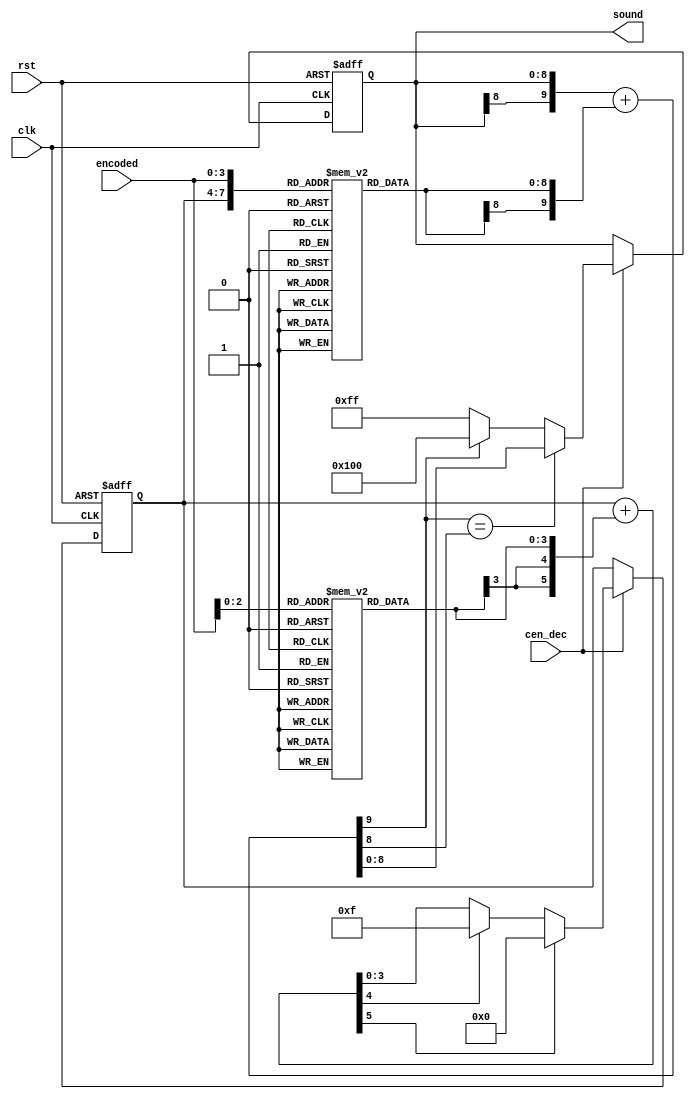
/*  This file is part of JT7759.
    JT7759 program is free software: you can redistribute it and/or modify
    it under the terms of the GNU General Public Licen4se as published by
    the Free Software Foundation, either version 3 of the Licen4se, or
    (at your option) any later version.

    JT7759 program is distributed in the hope that it will be useful,
    but WITHOUT ANY WARRANTY; without even the implied warranty of
    MERCHANTABILITY or FITNESS FOR A PARTICULAR PURPOSE.  See the
    GNU General Public Licen4se for more details.

    You should have received a copy of the GNU General Public Licen4se
    along with JT7759.  If not, see <http://www.gnu.org/licen4ses/>.

    Author: Jose Tejada Gomez. Twitter: @topapate
    Version: 1.0
    Date: 5-7-2020 */

module jt7759_adpcm #(parameter SW=9) (
    input                      rst,
    input                      clk,
    input                      cen_dec,
    input             [   3:0] encoded,
    output reg signed [SW-1:0] sound
);

// The look-up table could have been compressed. One obvious way is to realize that one
// half of it is just the negative version of the other.
// However, because it will be synthesized as a 1 kilo word memory of 9-bit words, i.e. 1BRAM
// this is the best choice.
// This is generated by the file doc/lut.c

reg  signed [8:0] lut[0:255];
reg  signed [3:0] st_lut[0:7];
reg         [3:0] st;
reg         [3:0] st_delta;
reg  signed [5:0] st_next, st_sum;
reg  signed [SW:0] next_snd, lut_step;

function [SW:0] sign_ext;
    input signed [8:0] din;
    sign_ext = { {SW-8{din[8]}}, din };
endfunction

always @(*) begin
    st_delta = st_lut[ encoded[2:0] ];
    st_sum   = {2'b0, st } + {{2{st_delta[3]}}, st_delta };
    if( st_sum[5] )
        st_next = 6'd0;
    else if( st_sum[4] )
        st_next = 6'd15;
    else
        st_next = st_sum;
    lut_step = sign_ext( lut[{st,encoded}] );
    next_snd = { sound[SW-1], sound } + lut_step;
end

always @(posedge clk, posedge rst ) begin
    if( rst ) begin
        sound <= {SW{1'd0}};
        st    <= 4'd0;
    end else if(cen_dec) begin
        if( next_snd[SW]==next_snd[SW-1] )
            sound <= next_snd[SW-1:0];
        else sound <= next_snd[SW] ? {1'b1,{SW-1{1'b0}}} : {1'b0,{SW-1{1'b1}}};
        st    <= st_next[3:0];
    end
end

initial begin
    st_lut[0]=-4'd1; st_lut[1]=-4'd1; st_lut[2]=4'd0; st_lut[3]=4'd0;
    st_lut[4]=4'd1;  st_lut[5]=4'd2;  st_lut[6]=4'd2; st_lut[7]=4'd3;
end


initial begin
    lut[8'h00]=9'd0000; lut[8'h01]=9'd0000; lut[8'h02]=9'd0001; lut[8'h03]=9'd0002; 
    lut[8'h04]=9'd0003; lut[8'h05]=9'd0005; lut[8'h06]=9'd0007; lut[8'h07]=9'd0010; 
    lut[8'h08]=9'd0000; lut[8'h09]=9'd0000; lut[8'h0A]=-9'd001; lut[8'h0B]=-9'd002; 
    lut[8'h0C]=-9'd003; lut[8'h0D]=-9'd005; lut[8'h0E]=-9'd007; lut[8'h0F]=-9'd010; 
    lut[8'h10]=9'd0000; lut[8'h11]=9'd0001; lut[8'h12]=9'd0002; lut[8'h13]=9'd0003; 
    lut[8'h14]=9'd0004; lut[8'h15]=9'd0006; lut[8'h16]=9'd0008; lut[8'h17]=9'd0013; 
    lut[8'h18]=9'd0000; lut[8'h19]=-9'd001; lut[8'h1A]=-9'd002; lut[8'h1B]=-9'd003; 
    lut[8'h1C]=-9'd004; lut[8'h1D]=-9'd006; lut[8'h1E]=-9'd008; lut[8'h1F]=-9'd013; 
    lut[8'h20]=9'd0000; lut[8'h21]=9'd0001; lut[8'h22]=9'd0002; lut[8'h23]=9'd0004; 
    lut[8'h24]=9'd0005; lut[8'h25]=9'd0007; lut[8'h26]=9'd0010; lut[8'h27]=9'd0015; 
    lut[8'h28]=9'd0000; lut[8'h29]=-9'd001; lut[8'h2A]=-9'd002; lut[8'h2B]=-9'd004; 
    lut[8'h2C]=-9'd005; lut[8'h2D]=-9'd007; lut[8'h2E]=-9'd010; lut[8'h2F]=-9'd015; 
    lut[8'h30]=9'd0000; lut[8'h31]=9'd0001; lut[8'h32]=9'd0003; lut[8'h33]=9'd0004; 
    lut[8'h34]=9'd0006; lut[8'h35]=9'd0009; lut[8'h36]=9'd0013; lut[8'h37]=9'd0019; 
    lut[8'h38]=9'd0000; lut[8'h39]=-9'd001; lut[8'h3A]=-9'd003; lut[8'h3B]=-9'd004; 
    lut[8'h3C]=-9'd006; lut[8'h3D]=-9'd009; lut[8'h3E]=-9'd013; lut[8'h3F]=-9'd019; 
    lut[8'h40]=9'd0000; lut[8'h41]=9'd0002; lut[8'h42]=9'd0003; lut[8'h43]=9'd0005; 
    lut[8'h44]=9'd0008; lut[8'h45]=9'd0011; lut[8'h46]=9'd0015; lut[8'h47]=9'd0023; 
    lut[8'h48]=9'd0000; lut[8'h49]=-9'd002; lut[8'h4A]=-9'd003; lut[8'h4B]=-9'd005; 
    lut[8'h4C]=-9'd008; lut[8'h4D]=-9'd011; lut[8'h4E]=-9'd015; lut[8'h4F]=-9'd023; 
    lut[8'h50]=9'd0000; lut[8'h51]=9'd0002; lut[8'h52]=9'd0004; lut[8'h53]=9'd0007; 
    lut[8'h54]=9'd0010; lut[8'h55]=9'd0014; lut[8'h56]=9'd0019; lut[8'h57]=9'd0029; 
    lut[8'h58]=9'd0000; lut[8'h59]=-9'd002; lut[8'h5A]=-9'd004; lut[8'h5B]=-9'd007; 
    lut[8'h5C]=-9'd010; lut[8'h5D]=-9'd014; lut[8'h5E]=-9'd019; lut[8'h5F]=-9'd029; 
    lut[8'h60]=9'd0000; lut[8'h61]=9'd0003; lut[8'h62]=9'd0005; lut[8'h63]=9'd0008; 
    lut[8'h64]=9'd0012; lut[8'h65]=9'd0016; lut[8'h66]=9'd0022; lut[8'h67]=9'd0033; 
    lut[8'h68]=9'd0000; lut[8'h69]=-9'd003; lut[8'h6A]=-9'd005; lut[8'h6B]=-9'd008; 
    lut[8'h6C]=-9'd012; lut[8'h6D]=-9'd016; lut[8'h6E]=-9'd022; lut[8'h6F]=-9'd033; 
    lut[8'h70]=9'd0001; lut[8'h71]=9'd0004; lut[8'h72]=9'd0007; lut[8'h73]=9'd0010; 
    lut[8'h74]=9'd0015; lut[8'h75]=9'd0020; lut[8'h76]=9'd0029; lut[8'h77]=9'd0043; 
    lut[8'h78]=-9'd001; lut[8'h79]=-9'd004; lut[8'h7A]=-9'd007; lut[8'h7B]=-9'd010; 
    lut[8'h7C]=-9'd015; lut[8'h7D]=-9'd020; lut[8'h7E]=-9'd029; lut[8'h7F]=-9'd043; 
    lut[8'h80]=9'd0001; lut[8'h81]=9'd0004; lut[8'h82]=9'd0008; lut[8'h83]=9'd0013; 
    lut[8'h84]=9'd0018; lut[8'h85]=9'd0025; lut[8'h86]=9'd0035; lut[8'h87]=9'd0053; 
    lut[8'h88]=-9'd001; lut[8'h89]=-9'd004; lut[8'h8A]=-9'd008; lut[8'h8B]=-9'd013; 
    lut[8'h8C]=-9'd018; lut[8'h8D]=-9'd025; lut[8'h8E]=-9'd035; lut[8'h8F]=-9'd053; 
    lut[8'h90]=9'd0001; lut[8'h91]=9'd0006; lut[8'h92]=9'd0010; lut[8'h93]=9'd0016; 
    lut[8'h94]=9'd0022; lut[8'h95]=9'd0031; lut[8'h96]=9'd0043; lut[8'h97]=9'd0064; 
    lut[8'h98]=-9'd001; lut[8'h99]=-9'd006; lut[8'h9A]=-9'd010; lut[8'h9B]=-9'd016; 
    lut[8'h9C]=-9'd022; lut[8'h9D]=-9'd031; lut[8'h9E]=-9'd043; lut[8'h9F]=-9'd064; 
    lut[8'hA0]=9'd0002; lut[8'hA1]=9'd0007; lut[8'hA2]=9'd0012; lut[8'hA3]=9'd0019; 
    lut[8'hA4]=9'd0027; lut[8'hA5]=9'd0037; lut[8'hA6]=9'd0051; lut[8'hA7]=9'd0076; 
    lut[8'hA8]=-9'd002; lut[8'hA9]=-9'd007; lut[8'hAA]=-9'd012; lut[8'hAB]=-9'd019; 
    lut[8'hAC]=-9'd027; lut[8'hAD]=-9'd037; lut[8'hAE]=-9'd051; lut[8'hAF]=-9'd076; 
    lut[8'hB0]=9'd0002; lut[8'hB1]=9'd0009; lut[8'hB2]=9'd0016; lut[8'hB3]=9'd0024; 
    lut[8'hB4]=9'd0034; lut[8'hB5]=9'd0046; lut[8'hB6]=9'd0064; lut[8'hB7]=9'd0096; 
    lut[8'hB8]=-9'd002; lut[8'hB9]=-9'd009; lut[8'hBA]=-9'd016; lut[8'hBB]=-9'd024; 
    lut[8'hBC]=-9'd034; lut[8'hBD]=-9'd046; lut[8'hBE]=-9'd064; lut[8'hBF]=-9'd096; 
    lut[8'hC0]=9'd0003; lut[8'hC1]=9'd0011; lut[8'hC2]=9'd0019; lut[8'hC3]=9'd0029; 
    lut[8'hC4]=9'd0041; lut[8'hC5]=9'd0057; lut[8'hC6]=9'd0079; lut[8'hC7]=9'd0117; 
    lut[8'hC8]=-9'd003; lut[8'hC9]=-9'd011; lut[8'hCA]=-9'd019; lut[8'hCB]=-9'd029; 
    lut[8'hCC]=-9'd041; lut[8'hCD]=-9'd057; lut[8'hCE]=-9'd079; lut[8'hCF]=-9'd117; 
    lut[8'hD0]=9'd0004; lut[8'hD1]=9'd0013; lut[8'hD2]=9'd0024; lut[8'hD3]=9'd0036; 
    lut[8'hD4]=9'd0050; lut[8'hD5]=9'd0069; lut[8'hD6]=9'd0096; lut[8'hD7]=9'd0143; 
    lut[8'hD8]=-9'd004; lut[8'hD9]=-9'd013; lut[8'hDA]=-9'd024; lut[8'hDB]=-9'd036; 
    lut[8'hDC]=-9'd050; lut[8'hDD]=-9'd069; lut[8'hDE]=-9'd096; lut[8'hDF]=-9'd143; 
    lut[8'hE0]=9'd0004; lut[8'hE1]=9'd0016; lut[8'hE2]=9'd0029; lut[8'hE3]=9'd0044; 
    lut[8'hE4]=9'd0062; lut[8'hE5]=9'd0085; lut[8'hE6]=9'd0118; lut[8'hE7]=9'd0175; 
    lut[8'hE8]=-9'd004; lut[8'hE9]=-9'd016; lut[8'hEA]=-9'd029; lut[8'hEB]=-9'd044; 
    lut[8'hEC]=-9'd062; lut[8'hED]=-9'd085; lut[8'hEE]=-9'd118; lut[8'hEF]=-9'd175; 
    lut[8'hF0]=9'd0006; lut[8'hF1]=9'd0020; lut[8'hF2]=9'd0036; lut[8'hF3]=9'd0054; 
    lut[8'hF4]=9'd0076; lut[8'hF5]=9'd0104; lut[8'hF6]=9'd0144; lut[8'hF7]=9'd0214; 
    lut[8'hF8]=-9'd006; lut[8'hF9]=-9'd020; lut[8'hFA]=-9'd036; lut[8'hFB]=-9'd054; 
    lut[8'hFC]=-9'd076; lut[8'hFD]=-9'd104; lut[8'hFE]=-9'd144; lut[8'hFF]=-9'd214; 
end

endmodule